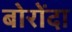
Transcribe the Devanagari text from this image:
बोरोंदा